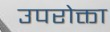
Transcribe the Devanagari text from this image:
उपरोक्ता